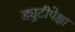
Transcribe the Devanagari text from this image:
ड्युटीपेक्षा